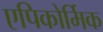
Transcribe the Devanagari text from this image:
एपिकोर्मिक